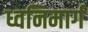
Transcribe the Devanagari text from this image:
ध्वनिमार्ग